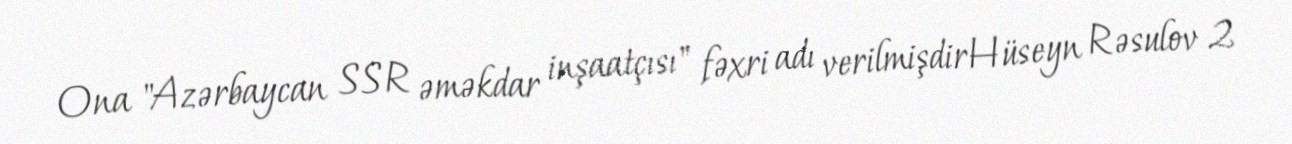
Ona "Azərbaycan SSR əməkdar inşaatçısı" fəxri adı verilmişdirHüseyn Rəsulov 2